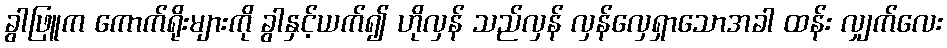
ခွါဖြူက ကောက်ရိုးများကို ခွါနှင့်ယက်၍ ဟိုလှန် သည်လှန် လှန်လှေရှာသောအခါ ထန်း လျှက်လေး